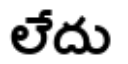
లేదు